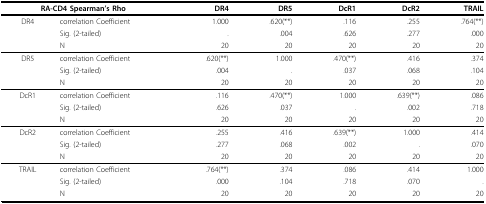
<table><thead><tr><td colspan="2"><b>RA-CD4 Spearman&#x27;s Rho</b></td><td><b>DR4</b></td><td><b>DR5</b></td><td><b>DcR1</b></td><td><b>DcR2</b></td><td><b>TRAIL</b></td></tr></thead><tbody><tr><td>DR4</td><td>correlation Coefficient</td><td>1.000</td><td>.620(**)</td><td>.116</td><td>.255</td><td>.764(**)</td></tr><tr><td></td><td>Sig. (2-tailed)</td><td>.</td><td>.004</td><td>.626</td><td>.277</td><td>.000</td></tr><tr><td></td><td>N</td><td>20</td><td>20</td><td>20</td><td>20</td><td>20</td></tr><tr><td>DR5</td><td>correlation Coefficient</td><td>.620(**)</td><td>1.000</td><td>.470(**)</td><td>.416</td><td>.374</td></tr><tr><td></td><td>Sig. (2-tailed)</td><td>.004</td><td>.</td><td>.037</td><td>.068</td><td>.104</td></tr><tr><td></td><td>N</td><td>20</td><td>20</td><td>20</td><td>20</td><td>20</td></tr><tr><td>DcR1</td><td>correlation Coefficient</td><td>.116</td><td>.470(**)</td><td>1.000</td><td>.639(**)</td><td>.086</td></tr><tr><td></td><td>Sig. (2-tailed)</td><td>.626</td><td>.037</td><td>.</td><td>.002</td><td>.718</td></tr><tr><td></td><td>N</td><td>20</td><td>20</td><td>20</td><td>20</td><td>20</td></tr><tr><td>DcR2</td><td>correlation Coefficient</td><td>.255</td><td>.416</td><td>.639(**)</td><td>1.000</td><td>.414</td></tr><tr><td></td><td>Sig. (2-tailed)</td><td>.277</td><td>.068</td><td>.002</td><td>.</td><td>.070</td></tr><tr><td></td><td>N</td><td>20</td><td>20</td><td>20</td><td>20</td><td>20</td></tr><tr><td>TRAIL</td><td>correlation Coefficient</td><td>.764(**)</td><td>.374</td><td>.086</td><td>.414</td><td>1.000</td></tr><tr><td></td><td>Sig. (2-tailed)</td><td>.000</td><td>.104</td><td>.718</td><td>.070</td><td>.</td></tr><tr><td></td><td>N</td><td>20</td><td>20</td><td>20</td><td>20</td><td>20</td></tr></tbody></table>